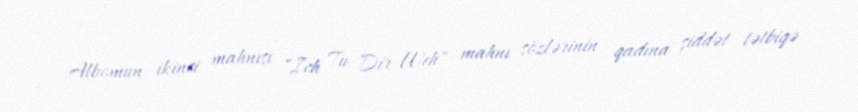
Albomun ikinci mahnısı "Ich Tu Dir Weh" mahnı sözlərinin qadına şiddət tətbiqə